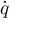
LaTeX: \dot { \boldsymbol { q } }